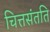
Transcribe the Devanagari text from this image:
चित्तसंतति